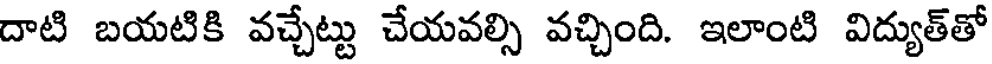
దాటి బయటికి వచ్చేట్టు చేయవల్సి వచ్చింది. ఇలాంటి విద్యుత్తో